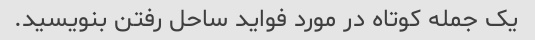
یک جمله کوتاه در مورد فواید ساحل رفتن بنویسید.